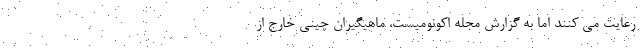
رعایت می کنند اما به گزارش مجله اکونومیست، ماهیگیران چینی خارج از